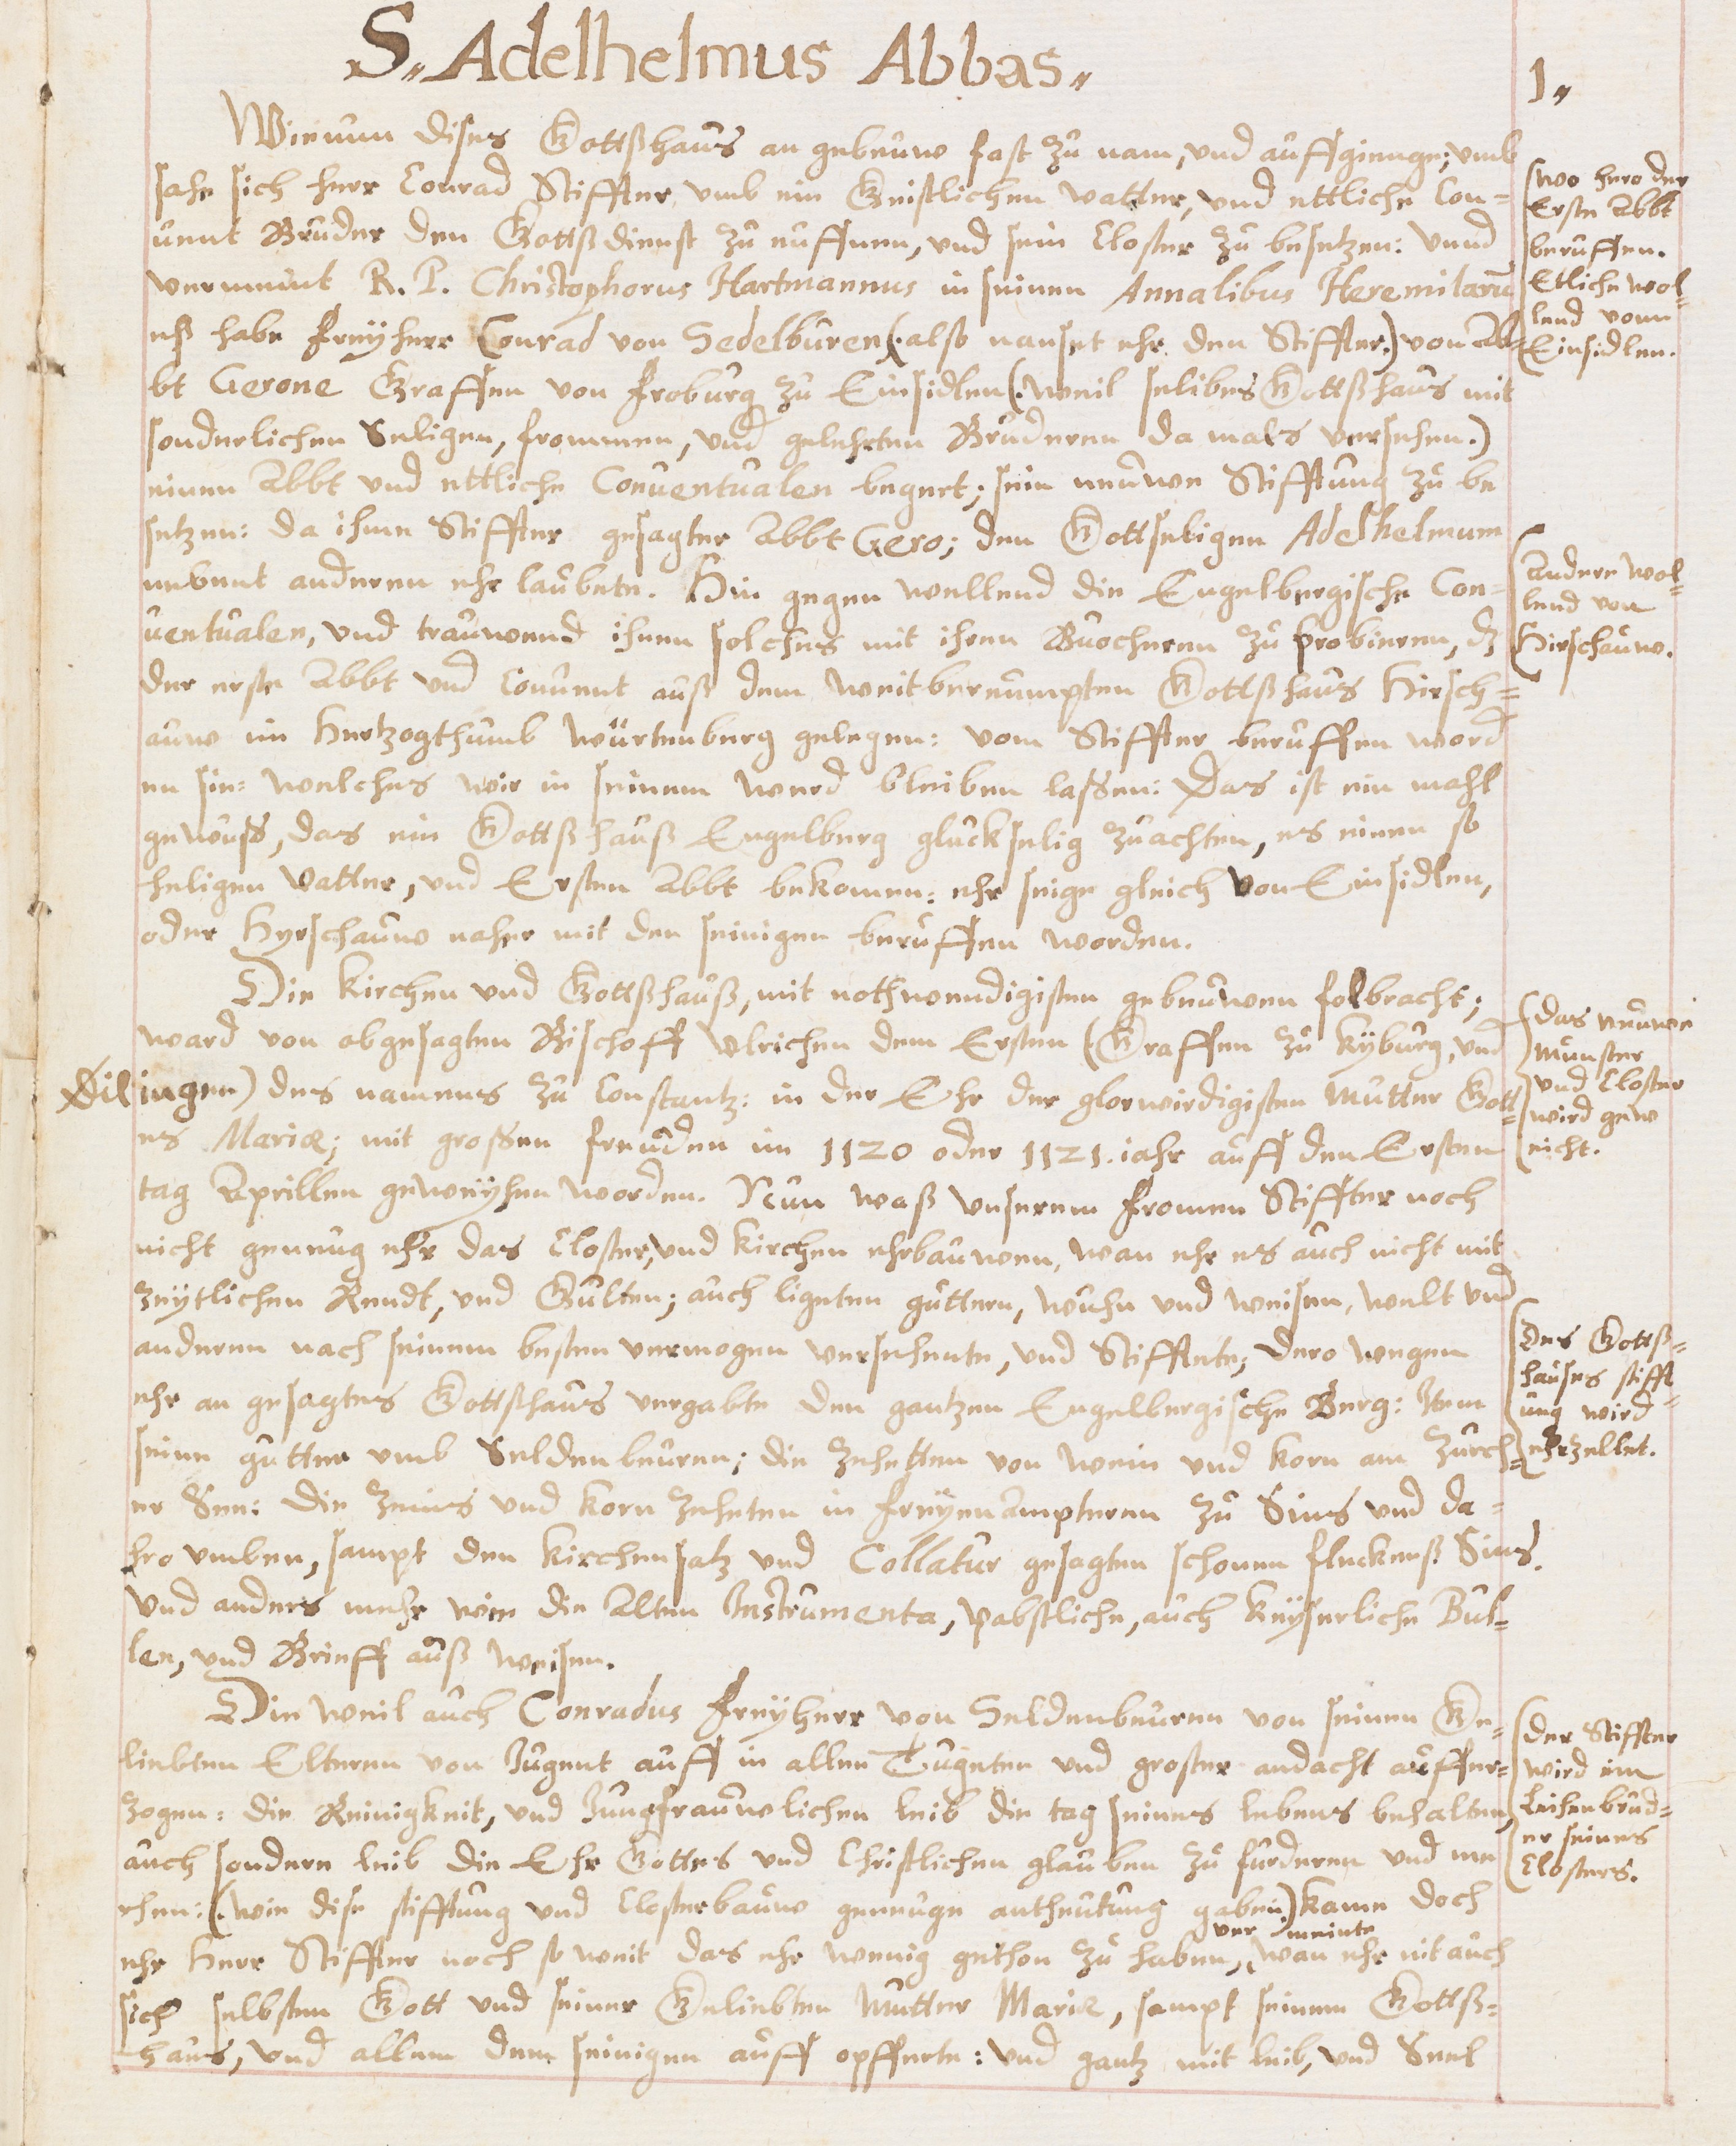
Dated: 1631–1661